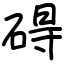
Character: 碍